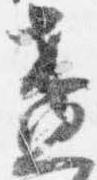
盞